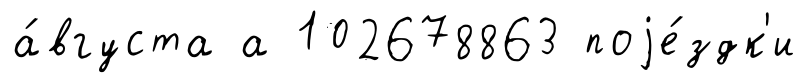
а́вгуста а 102678863 поjе́здк'и